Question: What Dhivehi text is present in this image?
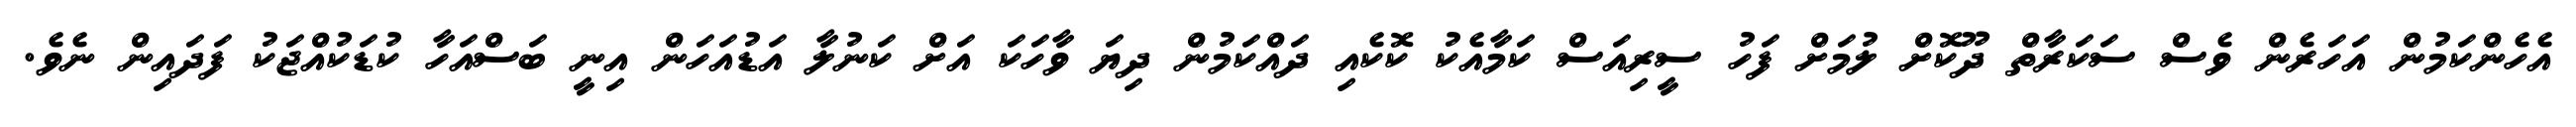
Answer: އެހެންކަމުން އަހަރެން ވެސް ސަކަރާތް ދޫކޮށް ލުމަށް ފަހު ސީރިއަސް ކަމާއެކު ކޮކެއި ދައްކަމުން ދިޔަ ވާހަކަ އަށް ކަނުލާ އަޑުއަހަން އިނީ ބަސްއަހާ ކުޑަކުއްޖަކު ފަދައިން ނެވެ.